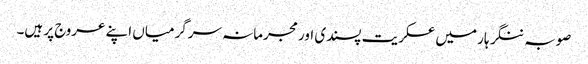
صوبہ ننگر ہار میں عسکریت پسندی اور مجرمانہ سرگرمیاں اپنے عروج پر ہیں۔